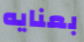
بعنايه